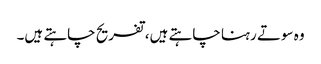
وہ سوتے رہنا چاہتے ہیں، تفریح چاہتے ہیں۔